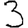
Digit: 3